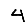
Digit: 4